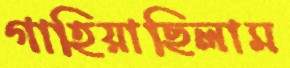
গাহিয়াছিলাম